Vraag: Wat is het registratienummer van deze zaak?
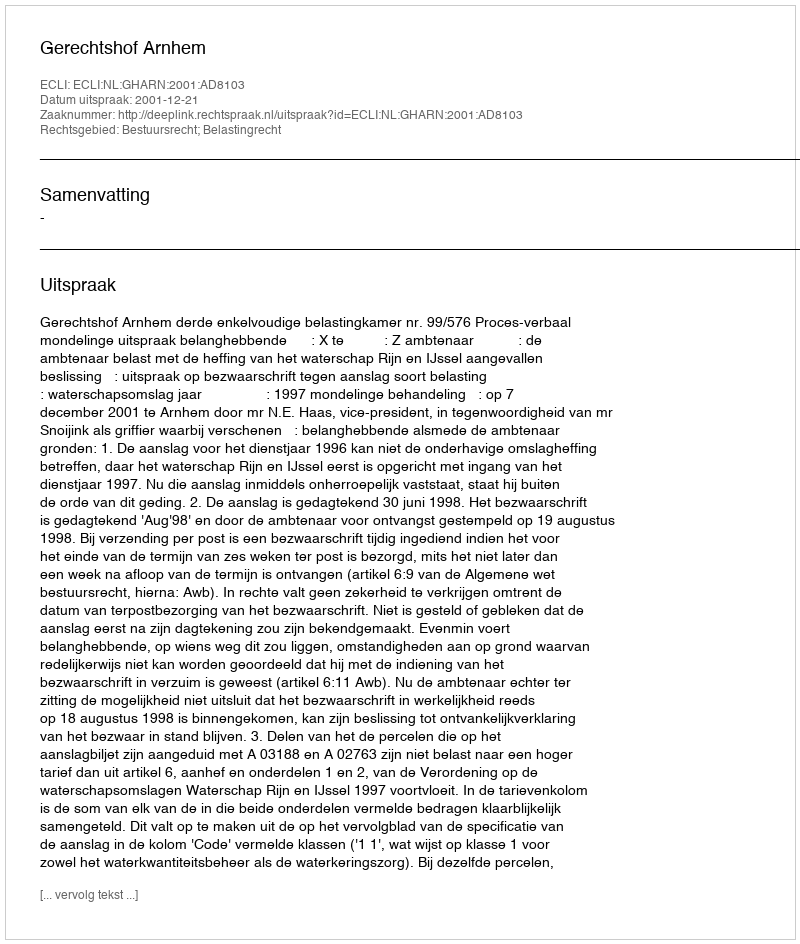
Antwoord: http://deeplink.rechtspraak.nl/uitspraak?id=ECLI:NL:GHARN:2001:AD8103